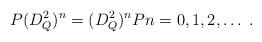
LaTeX: \begin{align*}P(D_Q^2)^n=(D_Q^2)^nP n=0,1,2,\dots \;.\end{align*}